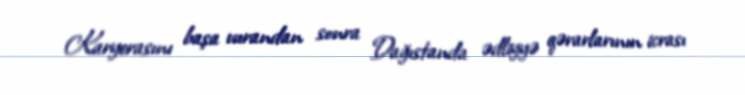
Karyerasını başa vurandan sonra Dağıstanda ədliyyə qərarlarının icrası